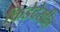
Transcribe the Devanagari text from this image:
किडेदेखील